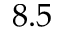
8 . 5